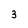
Character: 3